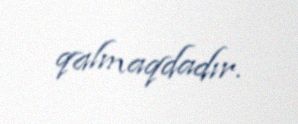
qalmaqdadır.